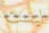
ليست